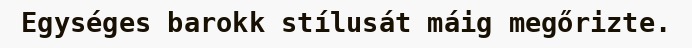
Egységes barokk stílusát máig megőrizte.